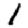
Digit: 1